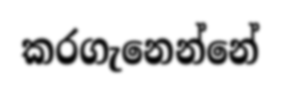
කරගැනෙන්නේ